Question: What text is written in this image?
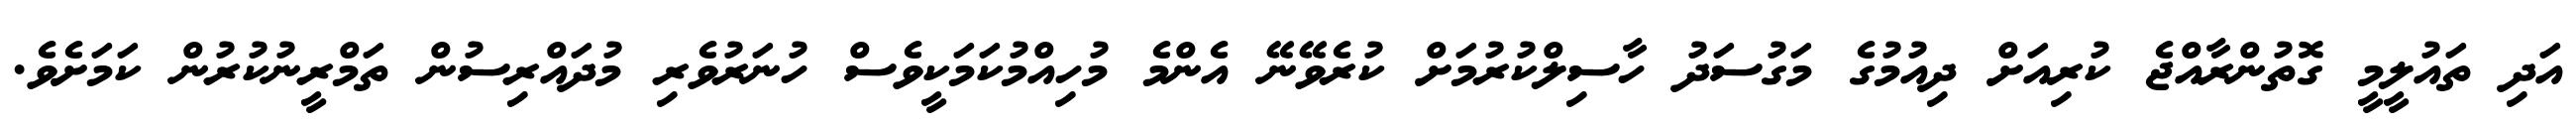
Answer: އަދި ތައުލީމީ ގޮތުންރާއްޖެ ކުރިއަށް ދިއުމުގެ މަގުސަދު ހާސިލްކުރުމަށް ކުރެވޭނޭ އެންމެ މުހިއްމުކަމަކީވެސް ހުނަރުވެރި މުދައްރިސުން ތަމްރީނުކުރުން ކަމަށެވެ.